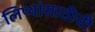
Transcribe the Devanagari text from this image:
लिप्यांसाठीची